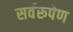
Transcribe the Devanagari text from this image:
सर्वरूपेण